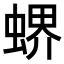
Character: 𧎁